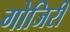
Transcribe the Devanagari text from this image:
गोजिरी